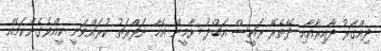
ދިއްގަރު ދާއިރާއާއި ދޭތެރޭ ރައީސް އަބްދު ޔާމީން އެހާ ނަފްރަތު ކުރައްވަނީ ކީއްވެގެންކަމެއް